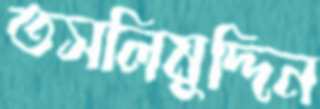
তসলিমুদ্দিন